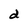
Character: d